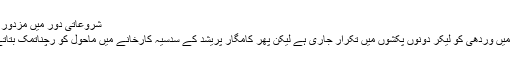
شروعاتی دور میں مزدور آندولن
تنخواہ میں وردھی کو لیکر دونوں پکشوں میں تکرار جاری ہے لیکن پھر کامگار پریشد کے سدسیہ کارخانے میں ماحول کو رچناتمک بتاتے ہیں۔